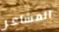
المشاعر